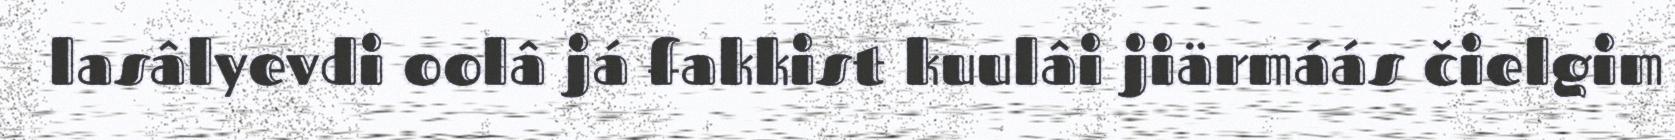
lasâlyevdi oolâ já fakkist kuulâi jiärmáás čielgim